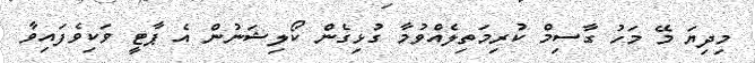
މިދިޔަ މޭ މަހު ގާސިމް ކުރިމަތިލެއްވުމާ ގުޅިގެން ކޯލިޝަނުން އެ ޕާޓީ ވަކިވެފައިވާ